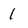
Character: 1